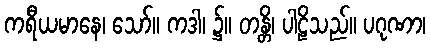
ကရီယမာနေ၊ သော်။ ကဒါ၊ ၌။ တန္တိ၊ ပါဠိသည်။ ပဂုဏာ၊